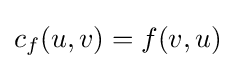
c_{f}(u,v)=f(v,u)